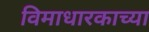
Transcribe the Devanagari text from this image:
विमाधारकाच्या